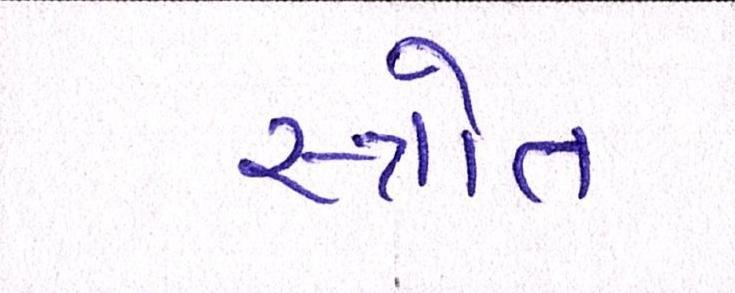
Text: સ્ત્રોત